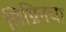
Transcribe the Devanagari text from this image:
लिग्निनचा